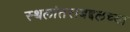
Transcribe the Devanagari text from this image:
स्थलांतराबद्दलच्या